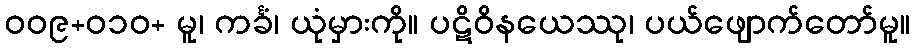
၀၀၉+၀၁၀+ မူ၊ ကင်္ခံ၊ ယုံမှားကို။ ပဋိဝိနယေဿု၊ ပယ်ဖျောက်တော်မူ။